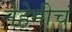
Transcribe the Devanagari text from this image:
नेहेमीचं